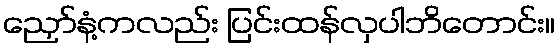
ညှော်နံ့ကလည်း ပြင်းထန်လှပါဘိတောင်း။